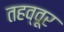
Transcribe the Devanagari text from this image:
तहव्वूर